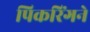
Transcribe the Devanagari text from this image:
पिकरिंगने